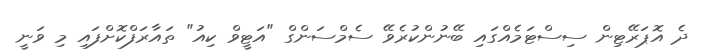
ދެ އޮޕަރޭޓިން ސިސްޓަމެއްގައި ބޭނުންކުރެވޭ ސެމްސަންގް "އަޓީވް ކިއު" ތައާރަފްކޮށްފައި މި ވަނީ